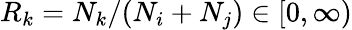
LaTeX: R_{k}=N_{k}/(N_{i}+N_{j})\in[0,\infty)